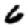
Digit: 6